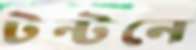
টন্‌টনে